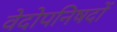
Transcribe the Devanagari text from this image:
वेदोपनिषदों